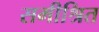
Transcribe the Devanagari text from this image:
समीश्रित